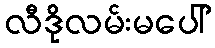
လီဒိုလမ်းမပေါ်